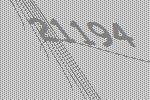
21194